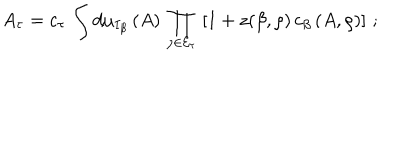
\left. A _ { \tau } = c _ { \tau } \, \int d \mu _ { I _ { \beta } } \, ( A ) \, \prod _ { \rho \in { \cal E } _ { \tau } } \, \left[ 1 + z ( \beta , \rho ) \, c _ { \beta } \, ( A , \rho ) \right] \, ; \right.